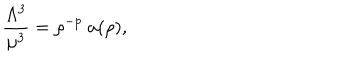
\frac { \Lambda ^ { 3 } } { \mu ^ { 3 } } = \rho ^ { - p } ~ a ( \rho ) ,